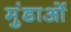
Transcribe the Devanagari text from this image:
मुंडाओं